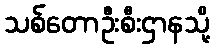
သစ်တောဦးစီးဌာနသို့